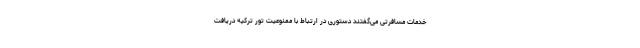
خدمات مسافرتی می‌گفتند دستوری در ارتباط با ممنوعیت تور ترکیه دریافت